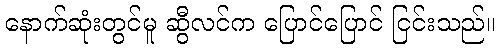
နောက်ဆုံးတွင်မူ ဆွီလင်က ပြောင်ပြောင် ငြင်းသည်။